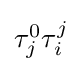
{\textstyle \tau _{j}^{0}\tau _{i}^{j}}